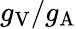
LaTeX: g_{\mathrm{V}}/g_{\mathrm{A}}